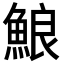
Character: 𩷕